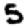
Digit: 5